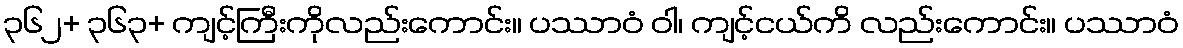
၃၆၂+ ၃၆၃+ ကျင့်ကြီးကိုလည်းကောင်း။ ပဿာဝံ ဝါ၊ ကျင့်ငယ်ကိ လည်းကောင်း။ ပဿာဝံ